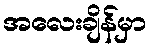
အလေးချိန်မှာ